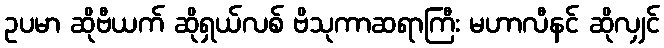
ဥပမာ ဆိုဗီယက် ဆိုရှယ်လစ် ဗိသုကာဆရာကြီး မဟာလီနင် ဆိုလျှင်